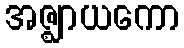
အဇ္ဈာယကော